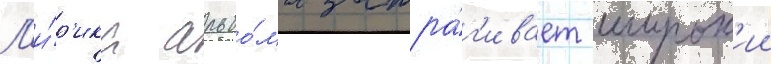
Л'и́р'ика альбо́ма затра́г'ивает широк'ии